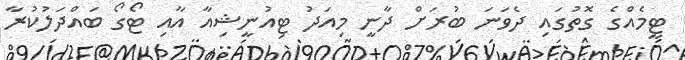
ޓީމެއްގެ ގޮތުގައި ދެވަނަ ބުރަށް ދާނީ މިއަދު ޓިއުނީޝިއާ އާއި ޓޯގޯ ބައްދަލުކުރާ